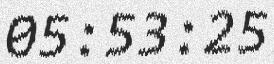
05:53:25